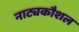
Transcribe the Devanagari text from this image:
नाट्यकौशल